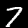
Digit: 7